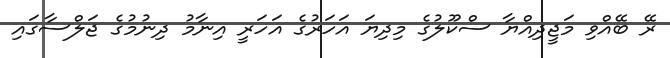
ރޭ ބޭއްވި މަޖީދިއްޔާ ސްކޫލުގެ މިދިޔަ އަހަރުގެ އަހަރީ އިނާމު ދިނުމުގެ ޖަލްްސާގައި